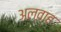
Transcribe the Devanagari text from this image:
अल्वाह